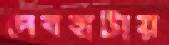
দেবহাটায়